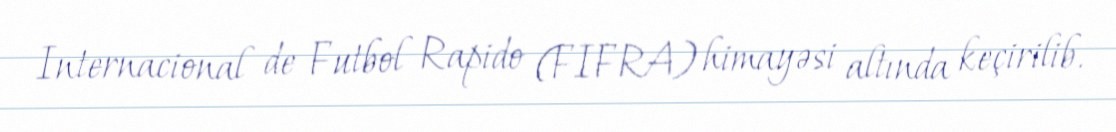
Internacional de Futbol Rapido (FIFRA) himayəsi altında keçirilib.